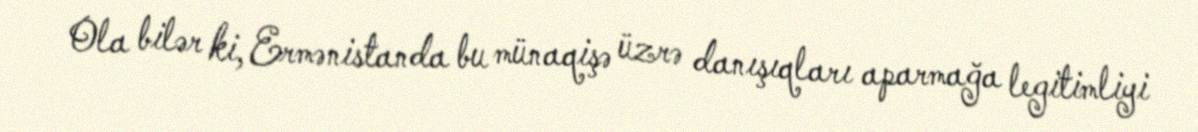
Ola bilər ki, Ermənistanda bu münaqişə üzrə danışıqları aparmağa legitimliyi